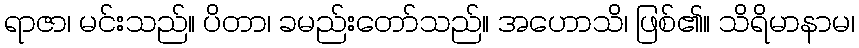
ရာဇာ၊ မင်းသည်။ ပိတာ၊ ခမည်းတော်သည်။ အဟောသိ၊ ဖြစ်၏။ သိရိမာနာမ၊